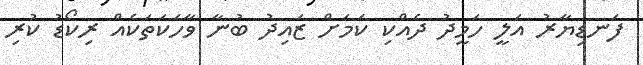
ފަނޑިޔާރު އަލީ ހަމީދު ދެއްކި ކަމަށް ޒައިދު ބުނާ ވާހަކަތަކެއް ރިކޯޑު ކުރި